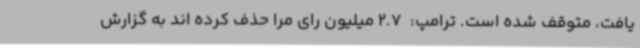
یافت، متوقف شده است. ترامپ:  2.7 میلیون رای مرا حذف کرده اند به گزارش